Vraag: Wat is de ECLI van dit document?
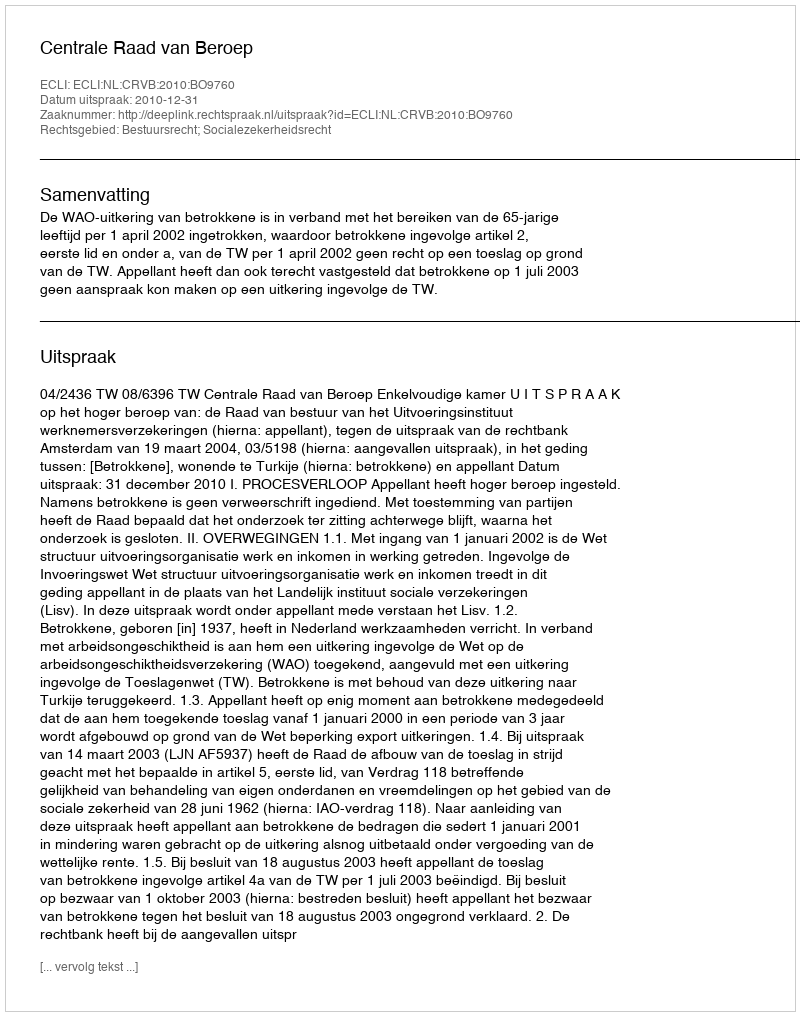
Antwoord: ECLI:NL:CRVB:2010:BO9760